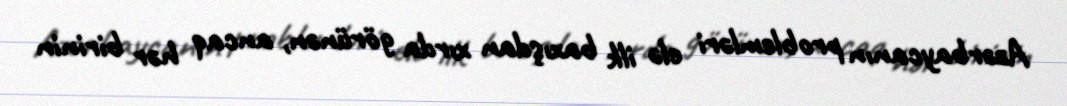
Azərbaycanın problemləri elə ilk baxışdan xırda görünən, ancaq hər birinin